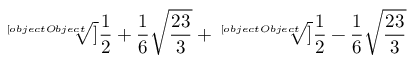
{ \sqrt [ [object Object] ] { { \frac { 1 } { 2 } } + { \frac { 1 } { 6 } } { \sqrt { \frac { 2 3 } { 3 } } } } } + { \sqrt [ [object Object] ] { { \frac { 1 } { 2 } } - { \frac { 1 } { 6 } } { \sqrt { \frac { 2 3 } { 3 } } } } }